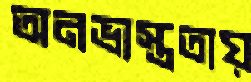
অনভ্যস্ততায়